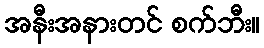
အနီးအနားတင် စက်ဘီး။